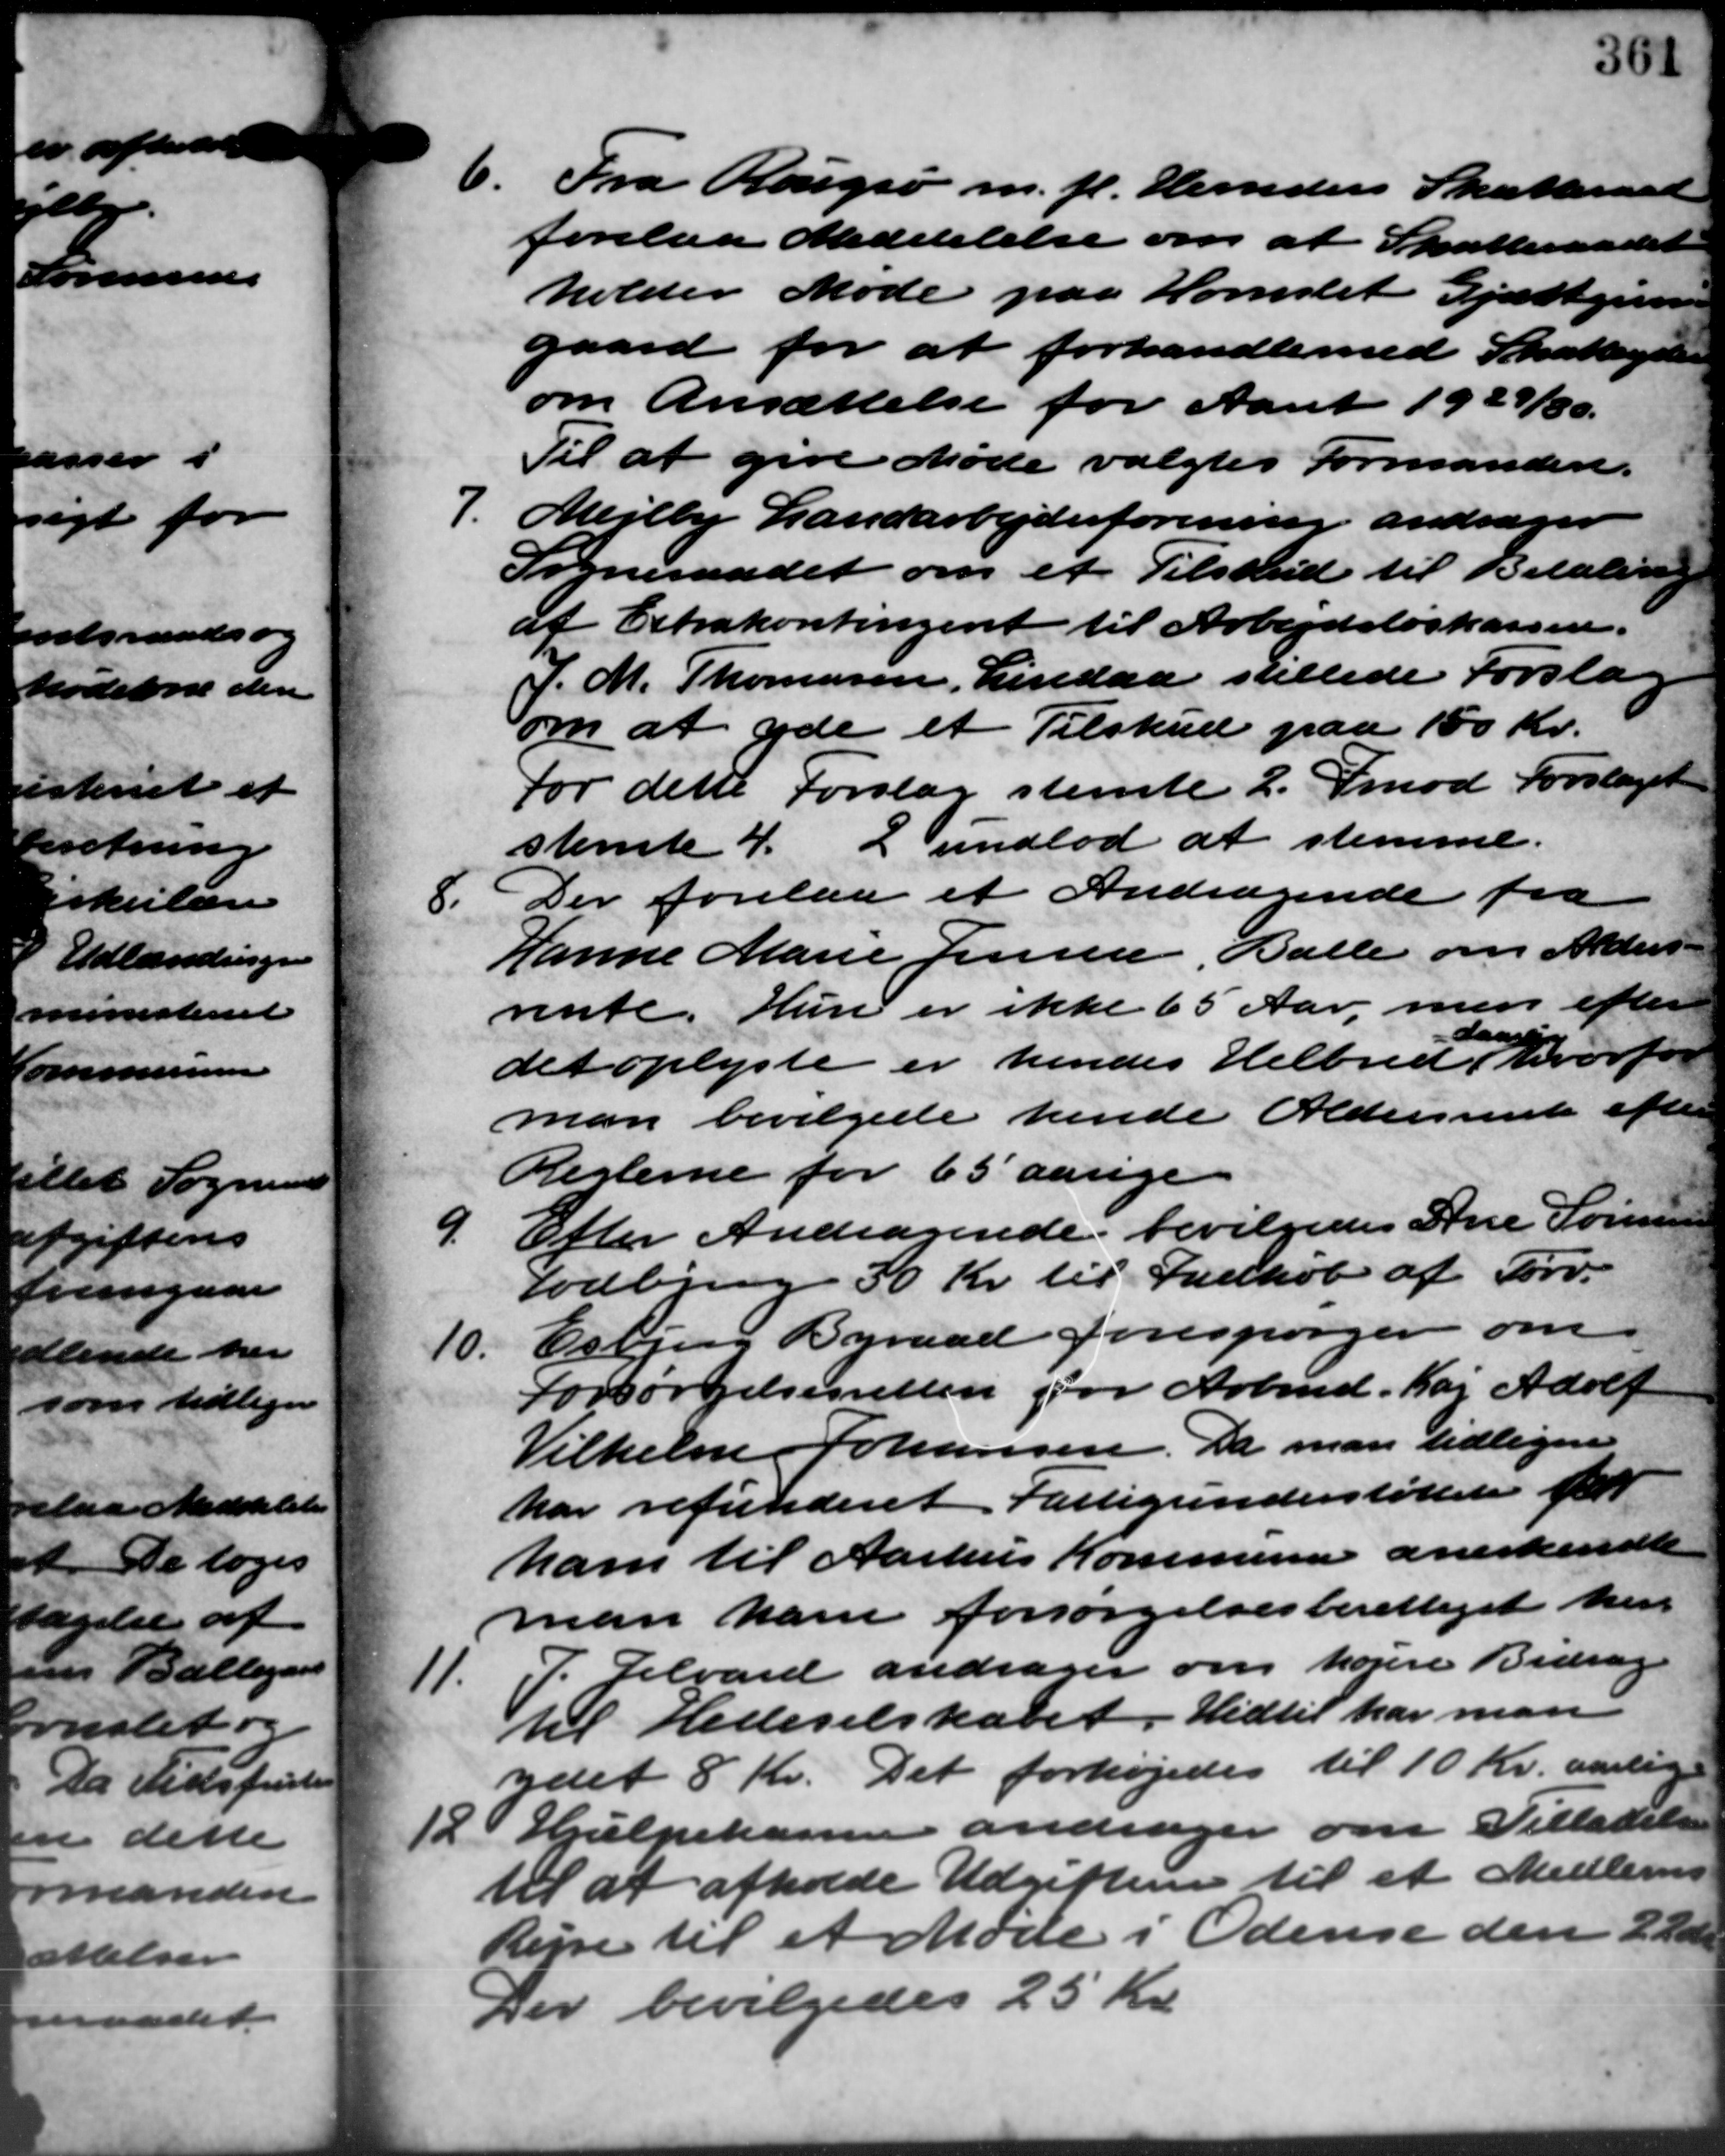
Transskription:
6. Fra Rougsø m.fl. Herreders Skatteraad
6. Fra Rougsø m.fl. Herreders Skatteraad
forelaa Meddelelse om at Skatteraadet
holder Møde paa Hornslet Gjæstgiver
gaard for at forhandle med Skatteydere
om Ansættelse for Aaret 1929/30.
Til at give Møde valgtes Formanden.
7.
Mejlby Landarbejderforening andrager
Sogneraadet om et Tilskud til Betaling
af Extrakontingent til Arbejdsløskassen.
J. M. Thomasen, Lindaa stillede Forsla
om at yde et Tilskud paa 150 Kr.
For dette Forslag stemte 2. Imod Forslaget
stemte 4. 2 undlod at stemme.
8.
Der forelaa et Andragende fra
Hanne Marie Jensen, Balle om Alders –
rente. Hun er ikke 65 Aar, men efter
Hansen
det oplyste er hendes Helbred, hvorfor
man bevilgede hende Aldersrente efter
Reglerne for 65 aarige
9.
Efter Andragende bevilgedes Ane Sørensen
Todbjerg 30 Kr. til Indkøb af Tørv.
10.
Esbjerg Byraad forespørger om
Forsørgelsesretten for Arbmd. Kaj Adolf
Vilhelm Johansen. Da man tidligere
har refunderet Fattigunderstøttelse for
ham til Aarhus Kommunen anerkendte
man ham forsørgelsesberettiget her
11.
P. Selvard andrager om højere Bidrag
til Hedeselskabet. Hidtil har man
ydet 8 Kr. Det forhøjedes til 10 Kr. aarlige
12 Hjælpekassen andrager om Tilladelse
12 Hjælpekassen andrager om Tilladelse
til at afholde Udgifter til et Medlemm
Rejse til et Møde i Odense den 22 d.
Der bevilgedes 25 Kr.